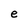
Character: e